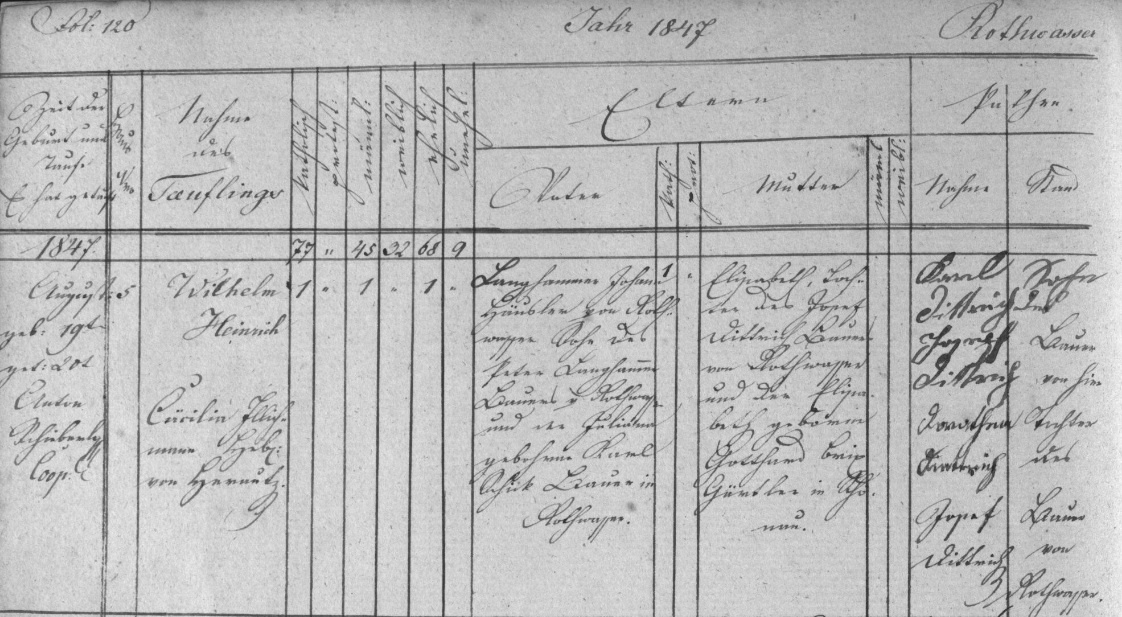
Jahr 1847

fol: 120

Rothwasser

Pathen

Eltern
männl.
weibl.
kath.
Mutter
prot.
Vater
1
Elisabeth, Toch¬
Langhammer Johann
ter des Josef
Häusler von Roth¬
Dittrich Bauers
wasser Sohn des
von Rothwasser
Peter Langhammer
und der Elisa¬
Bauers v. Rothwasser
beth geborne
und der Juliane
geborne Karl
Gotthard brix
Schick Bauer in
Gürtler in Schö¬
Rothwasser
nau.

Zeit der
Geburt und
Taufe
Es hat getauft
1847
August
geb. 19.
get. 20.
Anton
Schieberle
Coop.

ehelich
unehel.
weiblich
katholisch
protest.
männl.
77 ″ 45 32 68 9
1 ″ 1 ″ 1 ″

Nahme
des
Tauflings
Wilhelm
Heinrich
Cäcilie Illich¬
mann Heb¬
am hernutz.

Haus
№
5

Nahme
Stand

Karl
Sohn
des
Dittrich
Joseph
Bauer
von hier
Dittrich
Tochter
Dorothea
des
Dittrich
Josef
Bauer
von
Dittrich
Rothwasser